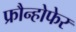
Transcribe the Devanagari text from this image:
फ्रौन्होफेर